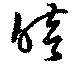
暗